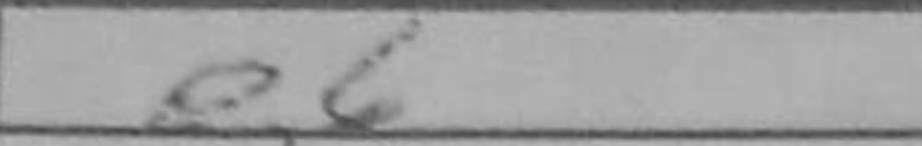
Transcription: e6